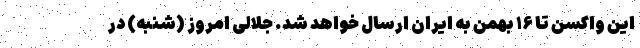
این واکسن تا ۱۶ بهمن به ایران ارسال خواهد شد. جلالی امروز (شنبه) در